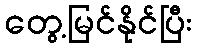
တွေ့မြင်နိုင်ပြီး